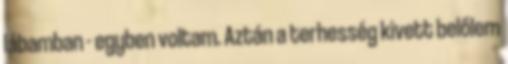
lábamban - egyben voltam. Aztán a terhesség kivett belőlem